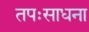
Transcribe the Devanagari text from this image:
तपःसाधना